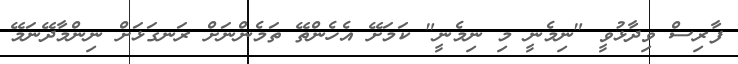
ފާރިސް ވިދާޅުވީ "ނިމެނީ މި ނިމެނީ" ކަމަށޭ އެހެންތޭ ތަމެންނަށް ރަނގަޅަށް ނިންމާދޭނަމޭ